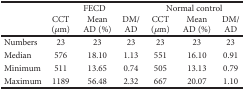
| <ROWSPAN=2>  | <COLSPAN=3> FECD | <COLSPAN=3> Normal control |
 | CCT (μm) | Mean AD (%) | DM/AD | CCT (μm) | Mean AD (%) | DM/AD |
 | --- | --- | --- | --- | --- | --- | --- |
 | Numbers | 23 | 23 | 23 | 23 | 23 | 23 |
 | Median | 576 | 18.10 | 1.13 | 551 | 16.10 | 0.91 |
 | Minimum | 511 | 13.65 | 0.74 | 505 | 13.13 | 0.79 |
 | Maximum | 1189 | 56.48 | 2.32 | 667 | 20.07 | 1.10 |